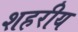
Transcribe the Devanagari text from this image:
शहरीय